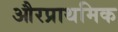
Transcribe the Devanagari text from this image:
औरप्राथमिक